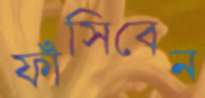
ফাঁসিবেন